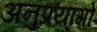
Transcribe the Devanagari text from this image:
अनुप्रयागों